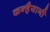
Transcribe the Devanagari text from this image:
कन्हैयानी